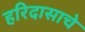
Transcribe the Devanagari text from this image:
हरिदासाचे